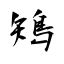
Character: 鴙